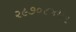
૨૯૭૦૮૪૫૧